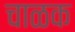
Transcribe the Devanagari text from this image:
चाळक